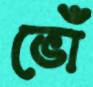
ভোঁ